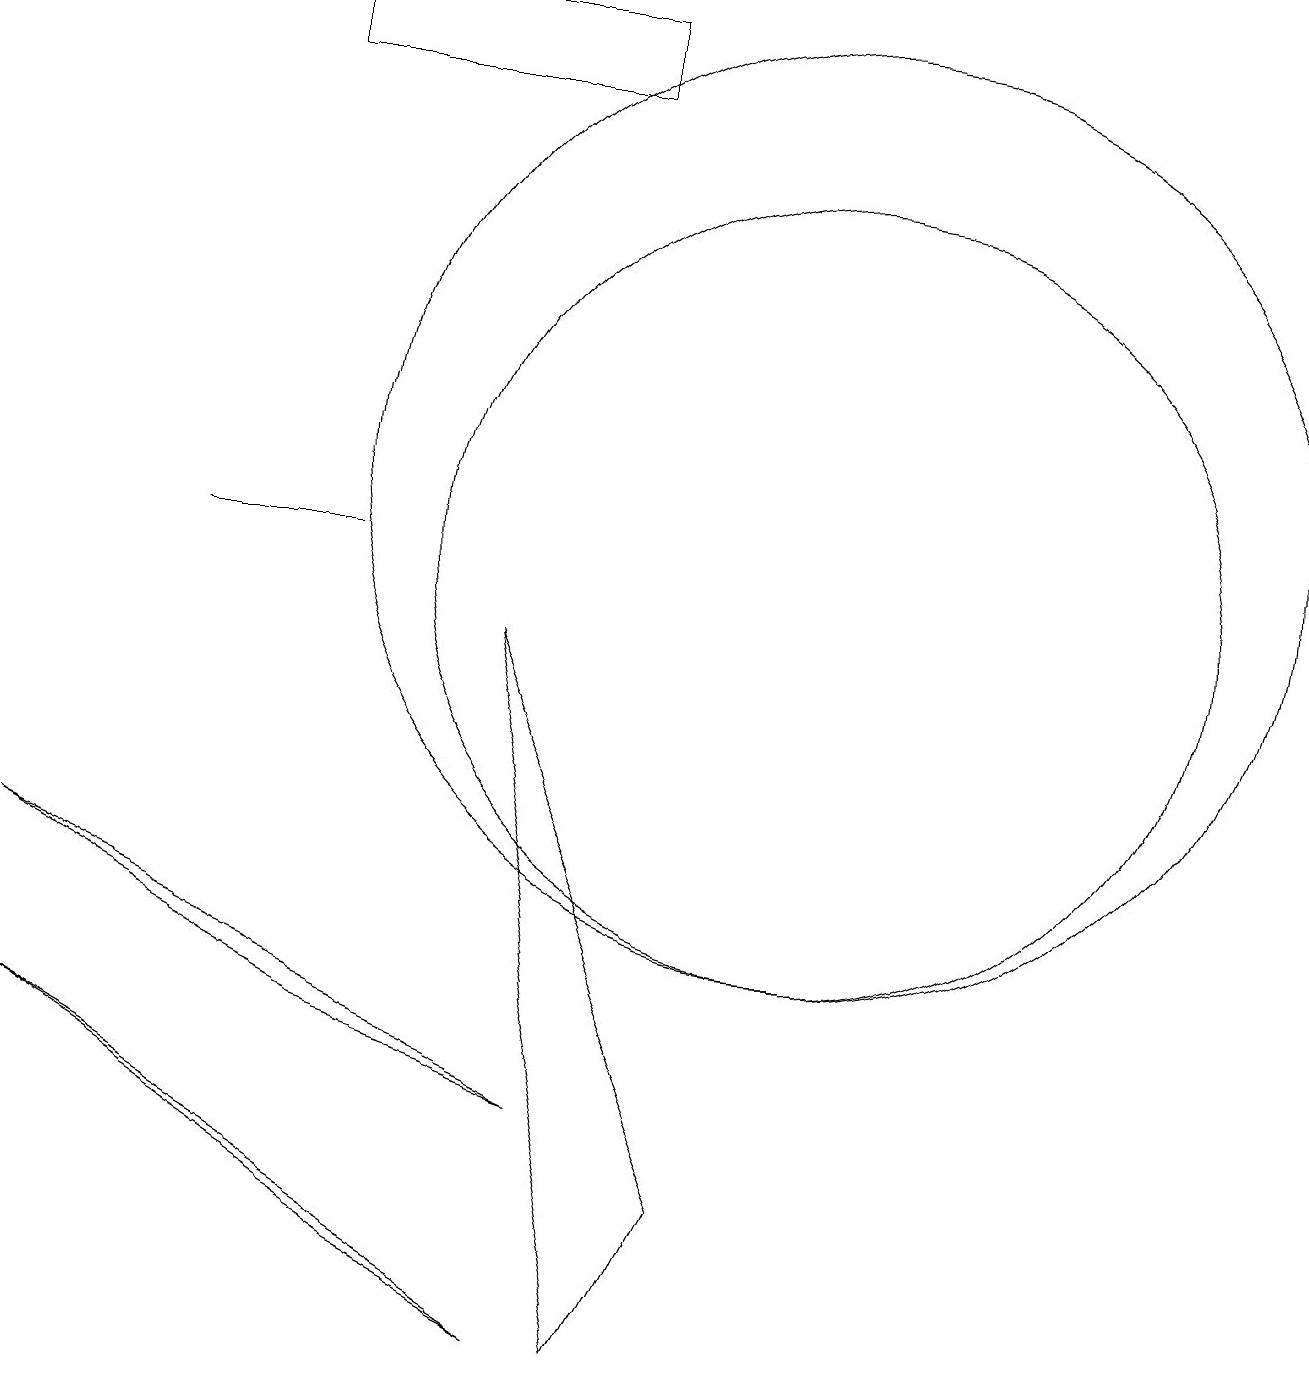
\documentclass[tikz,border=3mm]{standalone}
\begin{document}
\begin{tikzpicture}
\draw (8,0) -- (9,2) -- (6,9) -- cycle;
\draw (2,10) rectangle (4,10);
\draw (3,16) rectangle (7,17);
\draw (10,11) circle (6);
\draw (10,10) circle (5);
\draw (0,4) -- (7,0) -- (5,1) -- cycle;
\draw (7,3) -- (4,4) -- (0,6) -- cycle;
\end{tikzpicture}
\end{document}